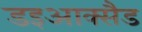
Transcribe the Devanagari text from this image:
डइआक्सैड